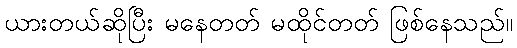
ယားတယ်ဆိုပြီး မနေတတ် မထိုင်တတ် ဖြစ်နေသည်။